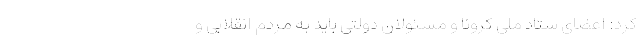
کرد: اعضای ستاد ملی کرونا و مسئولان دولتی باید به مردم انقلابی و